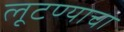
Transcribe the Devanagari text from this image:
लूटण्याचा